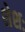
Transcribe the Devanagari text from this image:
शेशः